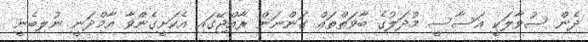
ދެން ސުވާލަކީ އަސާސީ މުދަލުގެ ބާވަތްތައް ގަންނަން ރާއްޖޭގައި އެކަށީގެންވާ އާމްދަނީ ނުލިބެނީ